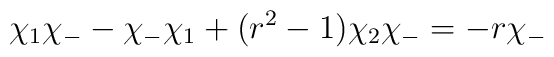
\chi_1 \chi_- - \chi_- \chi_1 +(r^2-1)\chi_2 \chi_- = -r \chi_-